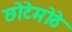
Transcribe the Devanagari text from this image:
छोटेमॊठे